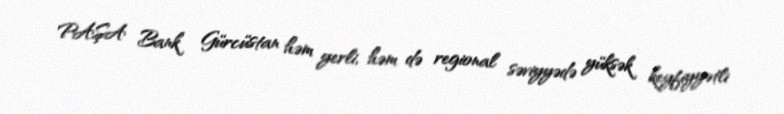
PAŞA Bank Gürcüstan həm yerli, həm də regional səviyyədə yüksək keyfiyyətli